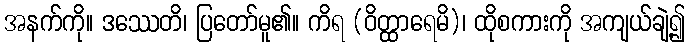
အနက်ကို။ ဒဿေတိ၊ ပြတော်မူ၏။ ကိရ (ဝိတ္ထာရေမိ)၊ ထိုစကားကို အကျယ်ချဲ့၍